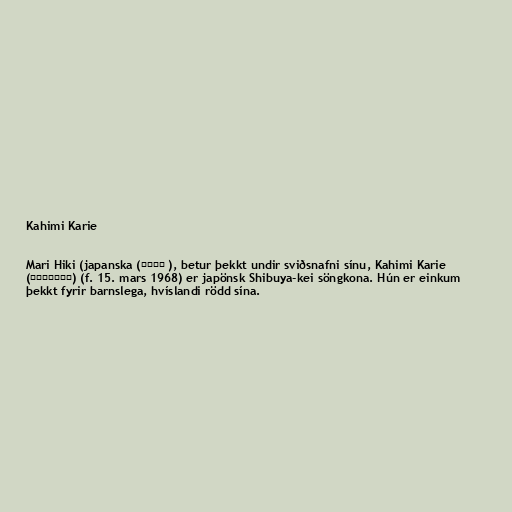
Kahimi Karie

Mari Hiki (japanska (比企真理 ), betur þekkt undir sviðsnafni sínu, Kahimi Karie
(カヒミ・カリィ) (f. 15. mars 1968) er japönsk Shibuya-kei söngkona. Hún er einkum
þekkt fyrir barnslega, hvíslandi rödd sína.